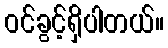
ဝင်ခွင့်ရှိပါတယ်။